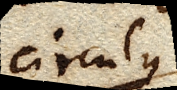
circulus